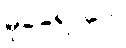
မုခရောဂေါ